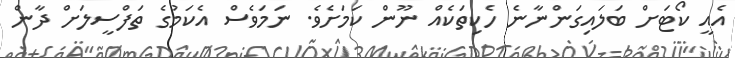
އެއީ ކޯޓަށް ބަލައިގަންނާނެ ހެކިތަކެއް ނޫން ކަމަށެވެ. ނަމަވެސް އެކަމުގެ ތަފްސީލަށް ދާން